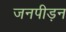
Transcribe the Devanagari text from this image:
जनपीड़न